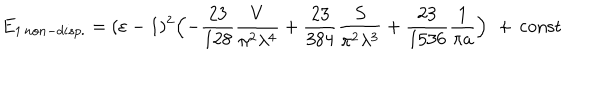
LaTeX: E _ { 1 \, n o n - d i s p . } = ( \varepsilon - 1 ) ^ { 2 } \Bigl ( - \frac { 2 3 } { 1 2 8 } \frac { V } { \pi ^ { 2 } \lambda ^ { 4 } } + \frac { 2 3 } { 3 8 4 } \frac { S } { \pi ^ { 2 } \lambda ^ { 3 } } + \frac { 2 3 } { 1 5 3 6 } \frac { 1 } { \pi a } \Bigr ) \, \, + \, \mathrm { c o n s t }